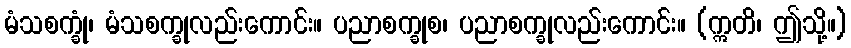
မံသစက္ခုံ၊ မံသစက္ခုလည်းကောင်း။ ပညာစက္ခုစ၊ ပညာစက္ခုလည်းကောင်း။ (ဣတိ၊ ဤသို့။)